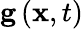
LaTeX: {{\mathbf{g}}\left({{\mathbf{x}},t}\right)}